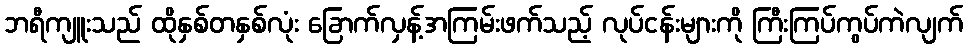
ဘရီကျူးသည် ထိုနှစ်တနှစ်လုံး ခြောက်လှန့်အကြမ်းဖက်သည့် လုပ်ငန်းများကို ကြီးကြပ်ကွပ်ကဲလျက်